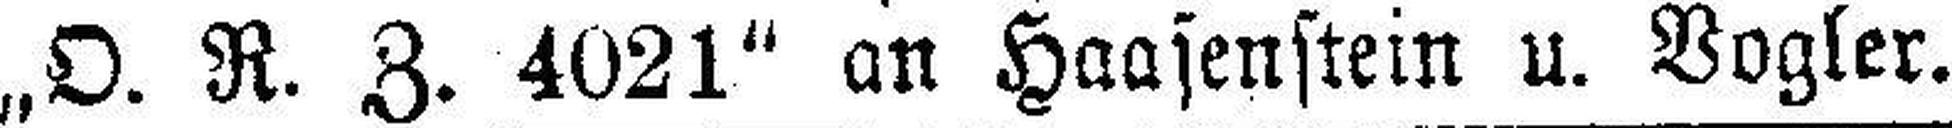
„O. R. Z. 4021“ an Haasenstein u. Vogler.